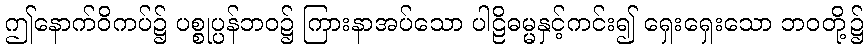
ဤနောက်ဝိကပ်၌ ပစ္စုပ္ပန်ဘဝ၌ ကြားနာအပ်သော ပါဠိဓမ္မနှင့်ကင်း၍ ရှေးရှေးသော ဘဝတို့၌